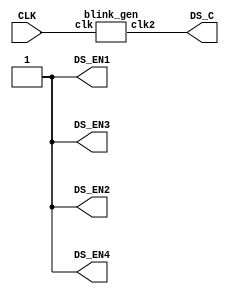
/*
*   Introduction to FPGA and Verilog
*
*   Viktor Prutyanov, 2019
*
*   LED blinking
*/

/*
*   Top-level module
*/
module top(
    input CLK,

    output DS_C,
	 output DS_EN1, DS_EN2, DS_EN3, DS_EN4
);

assign {DS_EN1, DS_EN2, DS_EN3, DS_EN4} = 4'b1111;

blink_gen blink_gen(.clk(CLK), .clk2(DS_C));

endmodule

/*
*   Blinking frequency generator
*/
module blink_gen(
    input clk,

    output clk2
);

reg [25:0]cnt = 0;

assign clk2 = cnt[25];

always @(posedge clk) begin
    cnt <= cnt + 26'b1;
end

endmodule